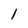
Character: l